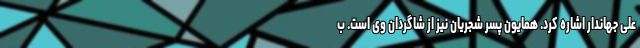
علی جهاندار اشاره کرد. همایون پسر شجریان نیز از شاگردان وی است. ب